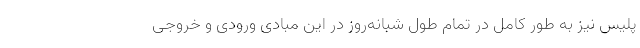
پلیس نیز به طور کامل در تمام طول شبانه‌روز در این مبادی ورودی و خروجی